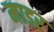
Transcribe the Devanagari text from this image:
माडर